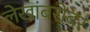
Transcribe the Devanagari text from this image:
लेखांबरोबर